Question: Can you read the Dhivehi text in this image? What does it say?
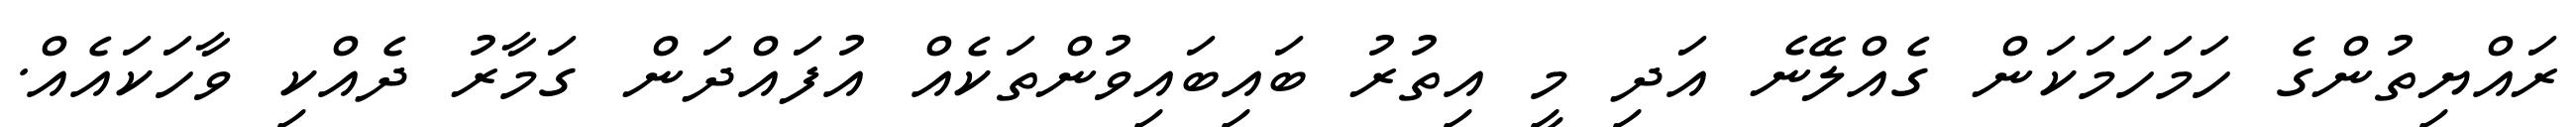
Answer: ރައްޔިތުންގެ ހަމަހަމަކަން ގެއްލޭނެ އަދި މީ އިތުރު ބައިބައިވުންތަކެއް އުފައްދަން ގަމާރު ދެއްކި ވާހަކައެއް.